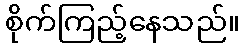
စိုက်ကြည့်နေသည်။